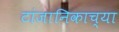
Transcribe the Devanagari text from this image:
टांजानिकाच्या